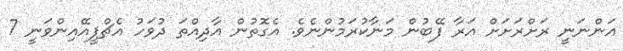
އަންނަނީ ރަށްރަށަށް އަރާ ފޭބުން މަނާކުރަމުންނެވެ. އެގޮތުން އާދިއްތަ ދުވަހު އެޗްޕީއޭއިންވަނީ 7